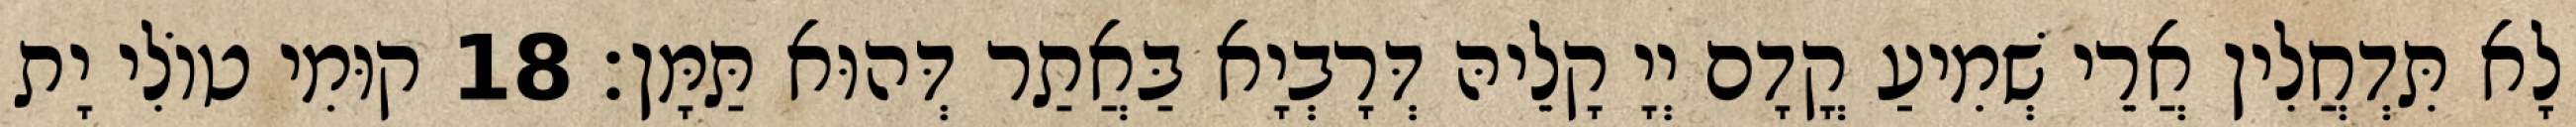
לָא תִּדְחֲלִין אֲרֵי שְׁמִיעַ קֳדָם יְיָ קָלֵיהּ דְּרָבְיָא בַּאֲתַר דְּהוּא תַּמָּן׃ 18 קוּמִי טוֹלִי יָת